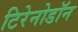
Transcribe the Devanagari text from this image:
टिरेनोडॉन